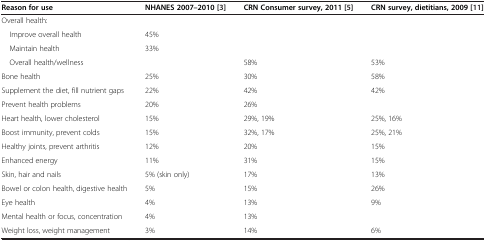
| Reason for use | NHANES 2007–2010 [[3]] | CRN Consumer survey, 2011 [[5]] | CRN survey, dietitians, 2009 [[11]] |
 | --- | --- | --- | --- |
 | Overall health: |  |  |  |
 | Improve overall health | 45% |  |  |
 | Maintain health | 33% |  |  |
 | Overall health/wellness |  | 58% | 53% |
 | Bone health | 25% | 30% | 58% |
 | Supplement the diet, fill nutrient gaps | 22% | 42% | 42% |
 | Prevent health problems | 20% | 26% |  |
 | Heart health, lower cholesterol | 15% | 29%, 19% | 25%, 16% |
 | Boost immunity, prevent colds | 15% | 32%, 17% | 25%, 21% |
 | Healthy joints, prevent arthritis | 12% | 20% | 15% |
 | Enhanced energy | 11% | 31% | 15% |
 | Skin, hair and nails | 5% (skin only) | 17% | 13% |
 | Bowel or colon health, digestive health | 5% | 15% | 26% |
 | Eye health | 4% | 13% | 9% |
 | Mental health or focus, concentration | 4% | 13% |  |
 | Weight loss, weight management | 3% | 14% | 6% |